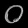
Digit: ၀